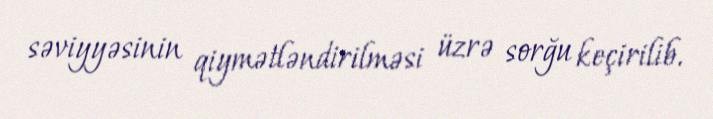
səviyyəsinin qiymətləndirilməsi üzrə sorğu keçirilib.